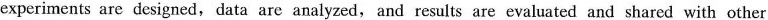
experiments are designed,data are analyzed, and results are evaluated and shared with other